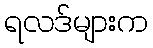
ရလဒ်များက